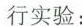
行实验：